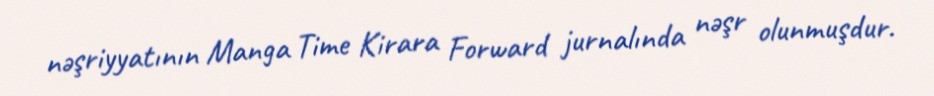
nəşriyyatının Manga Time Kirara Forward jurnalında nəşr olunmuşdur.